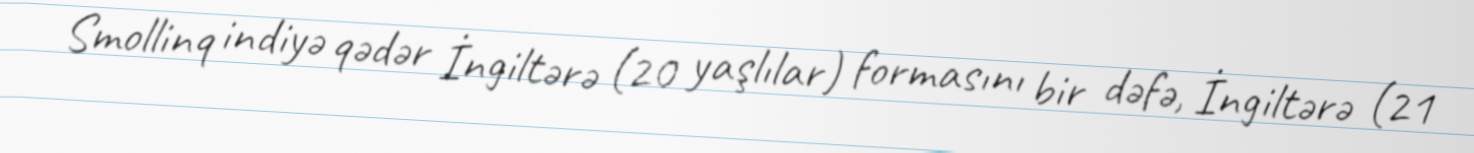
Smollinq indiyə qədər İngiltərə (20 yaşlılar) formasını bir dəfə, İngiltərə (21